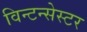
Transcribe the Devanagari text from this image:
विन्टन्सेस्टर